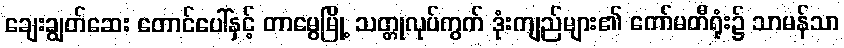
ချေးချွတ်ဆေး တောင်ပေါ်နှင့် တာမွေမြို့ သတ္တုလုပ်ကွက် ဒုံးကျည်များ၏ ကော်မတီရုံး၌ သာမန်သာ